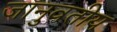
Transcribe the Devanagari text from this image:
जानुवतीय